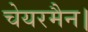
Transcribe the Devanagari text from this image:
चेयरमैन।